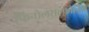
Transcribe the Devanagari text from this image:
फिनोलसल्फोनिक